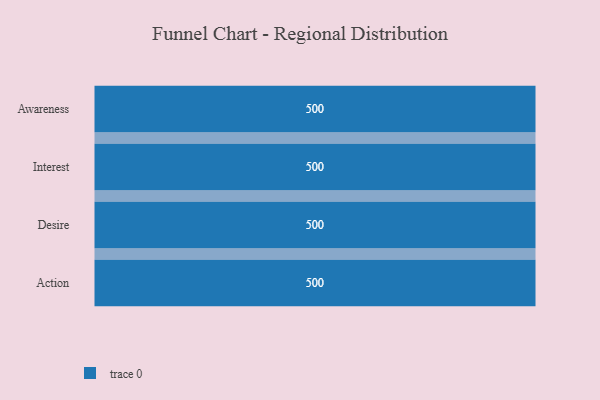
{"axis": {"x": "Stage", "y": "Value"}, "legend": [""], "data": [{"x": "Awareness", "y": 500, "type": ""}, {"x": "Interest", "y": 500, "type": ""}, {"x": "Desire", "y": 500, "type": ""}, {"x": "Action", "y": 500, "type": ""}]}